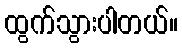
ထွက်သွားပါတယ်။